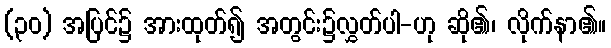
(၃၀) အပြင်၌ အားထုတ်၍ အတွင်း၌လွှတ်ပါ-ဟု ဆို၏၊ လိုက်နာ၏။